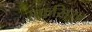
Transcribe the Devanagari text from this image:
सफसिख